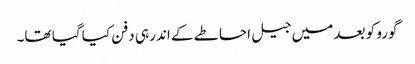
گورو کو بعد میں جیل احاطے کے اندر ہی دفن کیا گیا تھا۔